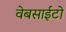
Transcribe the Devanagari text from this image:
वेबसाईटो